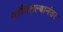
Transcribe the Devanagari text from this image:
सांगितल्यानंतर